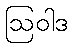
ဩဝါဒ